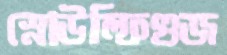
স্নোউল্ফিগুজ